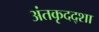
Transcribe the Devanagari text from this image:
अंतकृदद्शा